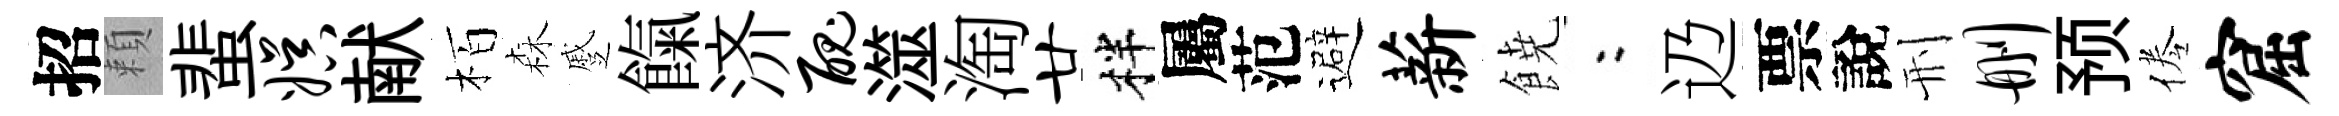
招頼蜚娱献栢森蹙餼济丑澨淘廿柈屬范避薪𩜙欸辸票說刑删预倦窟